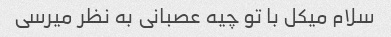
سلام میکل با تو چیه عصبانی به نظر میرسی